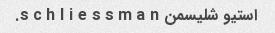
استیو شلیسمن s c h l i e s s m a n.